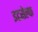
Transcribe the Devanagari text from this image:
इटसेल्फ